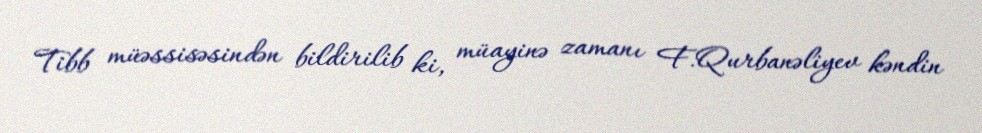
Tibb müəssisəsindən bildirilib ki, müayinə zamanı F.Qurbanəliyev kəndin